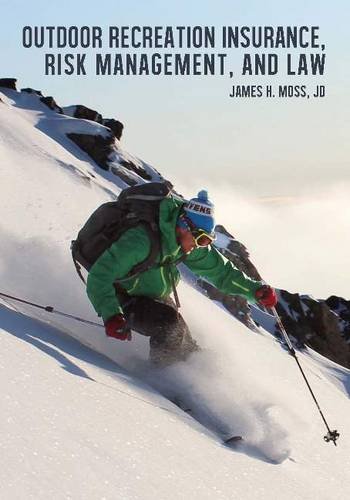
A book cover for Outdoor Recreation Insurance, Risk Management & Law; James H. Moss; Law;